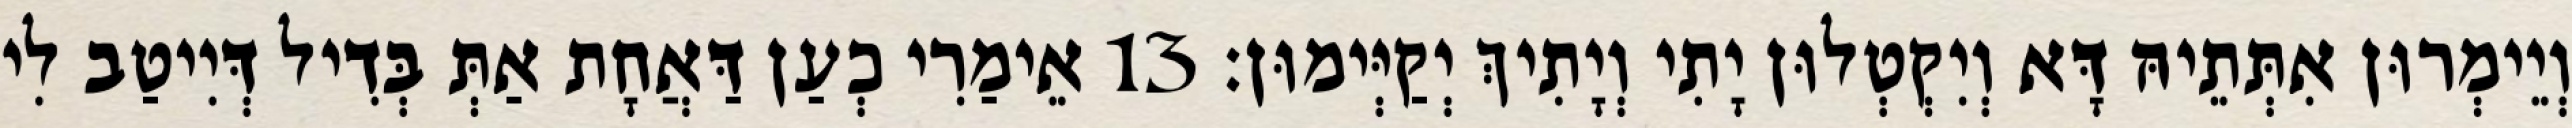
וְיֵימְרוּן אִתְּתֵיהּ דָּא וְיִקְטְלוּן יָתִי וְיָתִיךְ יְקַיְּימוּן׃ 13 אֵימַרִי כְעַן דַּאֲחָת אַתְּ בְּדִיל דְּיִיטַב לִי